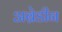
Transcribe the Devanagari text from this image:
अब्रेडीन